Vaccination in the Punjab 1897-1904 - 1897-1904
Year: 1897
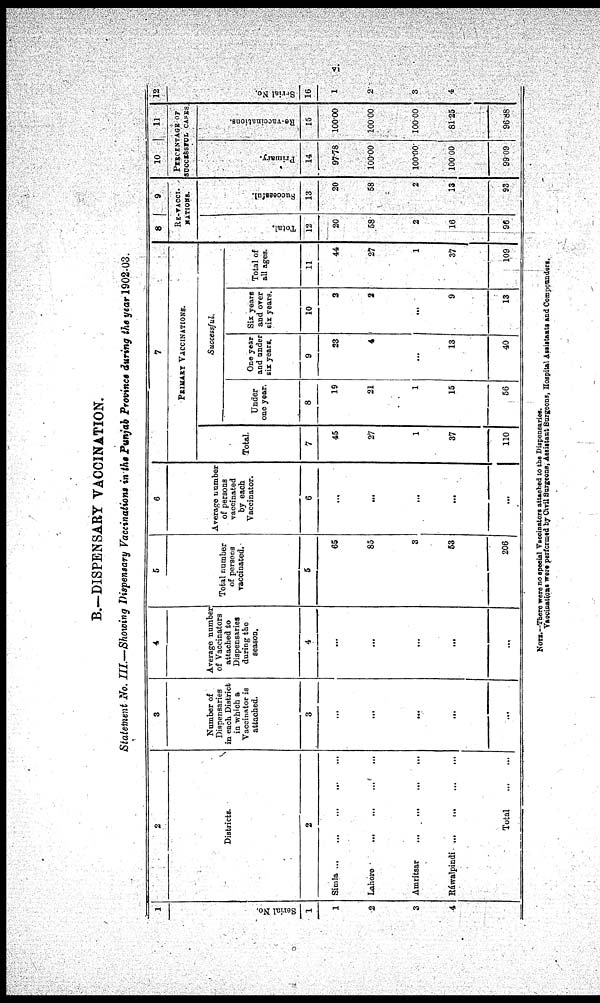
vi
B.—DISPENSARY VACCINATION.
Statement No. III.—Showing Dispensary Vaccinations in the Punjab Province during the year 1902-03.
1
Serial No.
1
1
2
3
4
2
Districts.
2
Simla
...
...
...
...
...
Lahore
...
...
...
...
...
Amritsar
...
...
...
...
...
Ráwalpindi
...
...
...
...
Total
...
...
3
Number of
Dispensaries
in each District
in which a
Vaccinator is
attached.
3
...
...
...
...
...
4
Average number
of Vaccinators
attached to
Dispensaries
during the
season.
4
...
...
...
...
...
5
Total number
of persons
vaccinated.
5
65
85
3
53
206
6
Average number
of persons
vaccinated
by each
Vaccinator.
6
...
...
...
...
...
7
PRIMARY VACCINATIONS.
Total.
7
45
27
1
37
110
Successful.
Under
one year.
8
19
21
1
15
56
One year
and under
six years.
9
23
4
...
13
40
Six years
and over
six years.
10
2
2
...
9
13
Total of
all ages.
11
44
27
1
37
109
8
9
RE-VACCI¬
NATIONS,
Total.
12
20
58
2
16
96
Successful.
13
20
58
2
13
93
10
11
PERCENTAGE OF
SUCCESSFUL CASES.
Primary.
14
97.78
100.00
100.00
100.00
99.09
Re-vaccinations.
15
100.00
100.00
100.00
81.25
96.88
12
Serial No.
16
1
2
3
4
NOTE—There were no special Vaccinators attached to the Dispensaries.
Vaccinations were performed by Civil Surgeons, Assistant Surgeons, Hospital Assistants and Compounders.